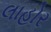
લાહોર